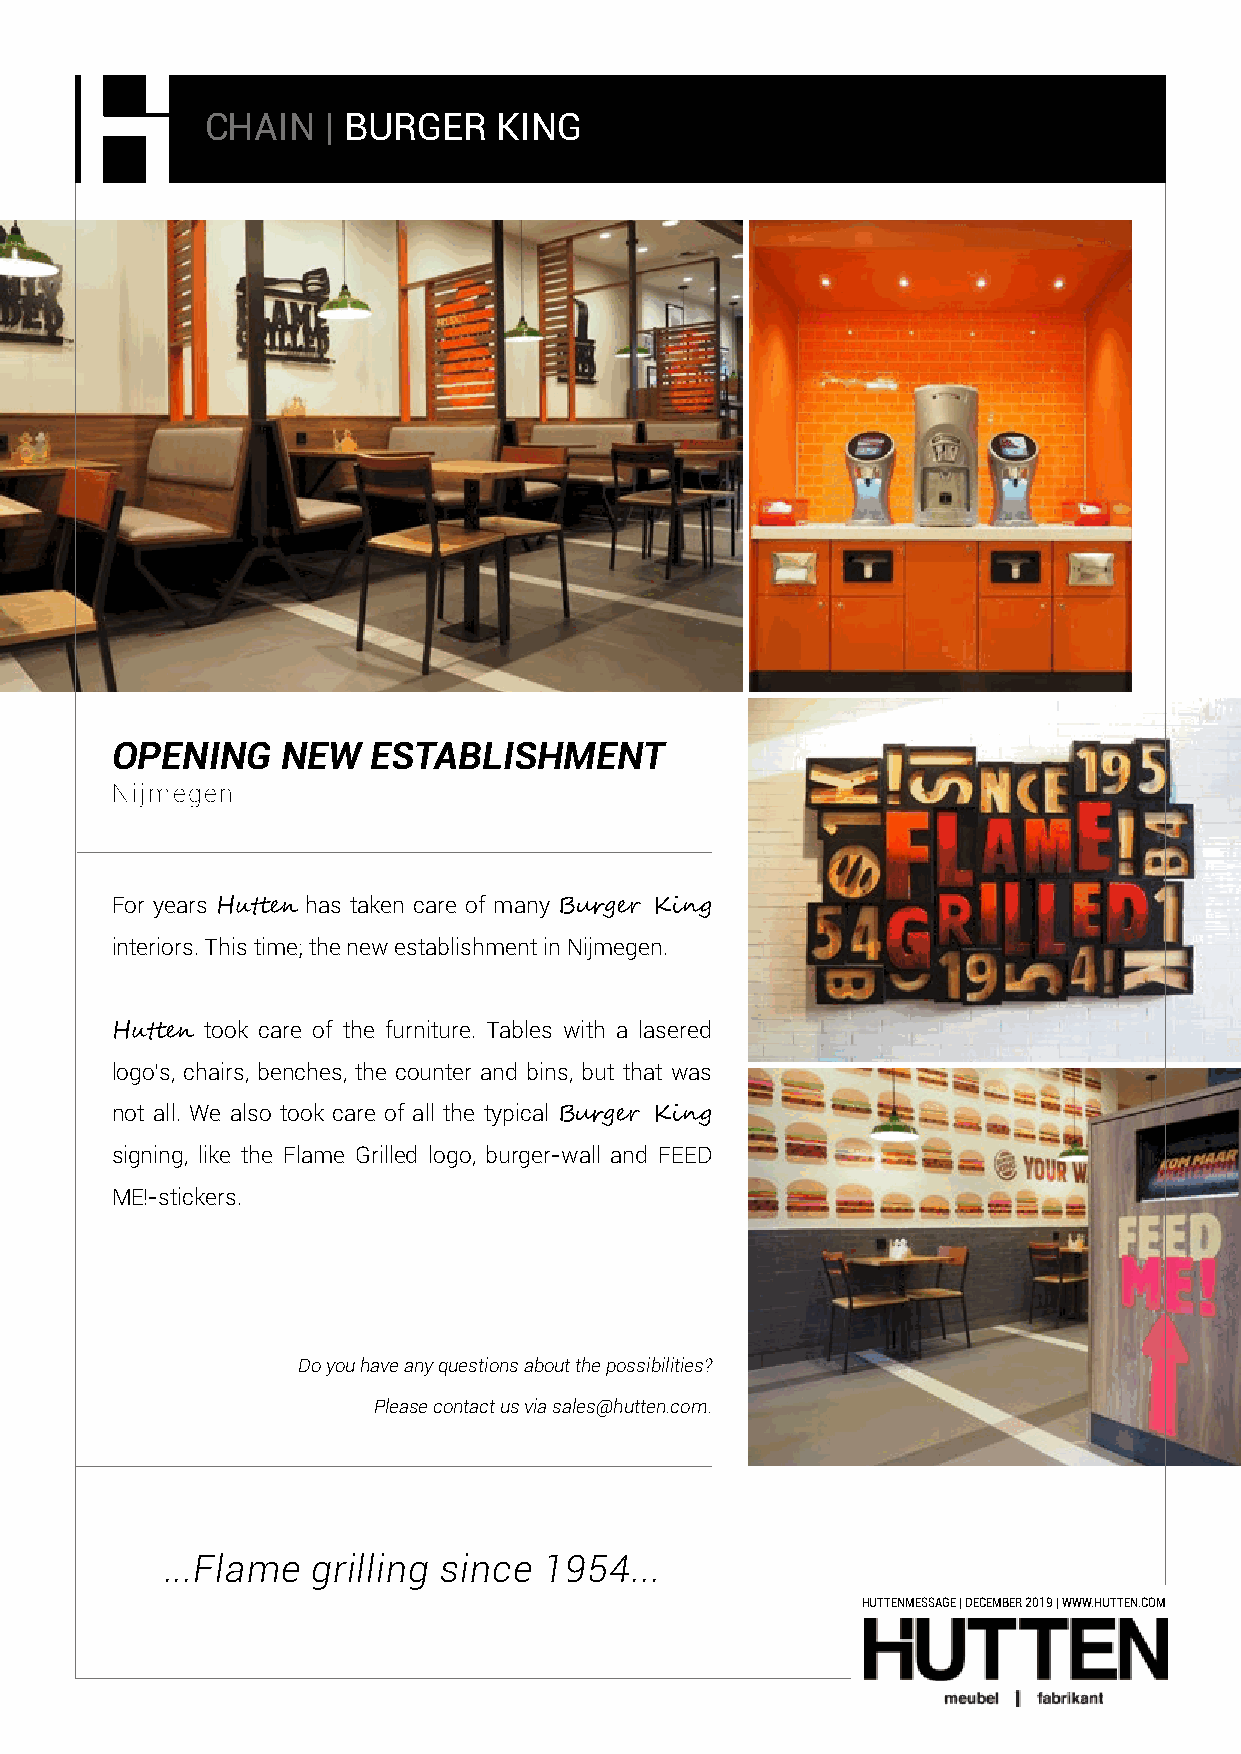
CHAIN   | BURGER   KING
 OPENING     NEW   ESTABLISHMENT
 Nijmegen
 For years Hutten has taken care of many Burger King
 interiors. This time; the new establishment in Nijmegen.
 Hutten took care of the furniture. Tables with a lasered
 logo’s, chairs, benches, the counter and bins, but that was
 not all. We also took care of all the typical Burger King
 signing, like the Flame Grilled logo, burger-wall and FEED
 ME!-stickers.
 Do you have any questions about the possibilities?
 Please contact us via sales@hutten.com.
 ...Flame  grilling since 1954...
 HUTTENMESSAGE | DECEMBER 2019 | WWW.HUTTEN.COM